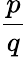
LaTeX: \frac{p}{q}